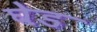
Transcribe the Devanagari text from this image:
घेड